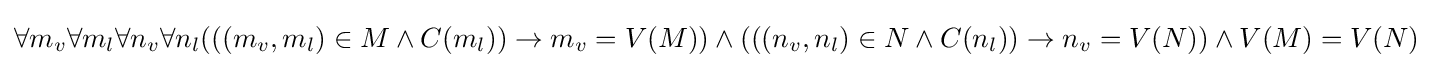
\forall m_{v}\forall m_{l}\forall n_{v}\forall n_{l}(((m_{v},m_{l})\in M\land C(m_{l}))\to m_{v}=V(M))\land (((n_{v},n_{l})\in N\land C(n_{l}))\to n_{v}=V(N))\land V(M)=V(N)